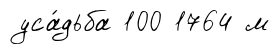
уса́дьба 100 1764 м